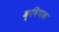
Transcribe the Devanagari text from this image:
क्षिणक